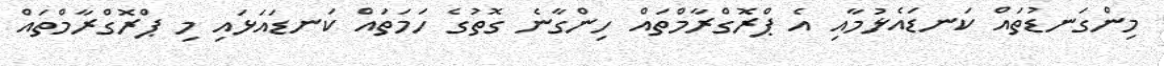
މިންގަނޑުތައް ކަނޑައެޅުމާއި އެ ޕްރޮގްރާމްތައް ހިންގާނެ ގޮތުގެ ހަމަތައް ކަނޑައަޅައި މި ޕްރޮގްރާމްތައް